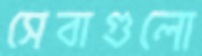
সেবাগুলো